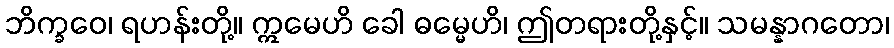
ဘိက္ခဝေ၊ ရဟန်းတို့။ ဣမေဟိ ခေါ ဓမ္မေဟိ၊ ဤတရားတို့နှင့်။ သမန္နာဂတော၊